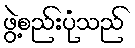
ဖွဲ့စည်းပုံသည်